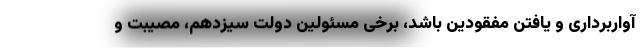
آواربرداری و یافتن مفقودین باشد، برخی مسئولین دولت سیزدهم، مصیبت و